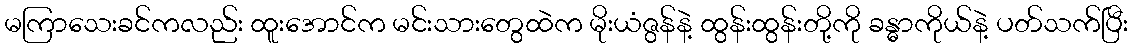
မကြာသေးခင်ကလည်း ထူးအောင်က မင်းသားတွေထဲက မိုးယံဇွန်နဲ့ ထွန်းထွန်းတို့ကို ခန္ဓာကိုယ်နဲ့ ပတ်သက်ပြီး